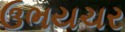
ઉભયચર